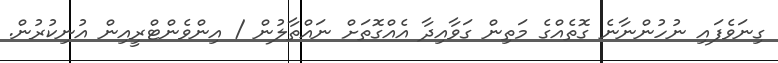
ގިނަވެފައި ނުހުންނާނެ ގޮތެއްގެ މަތިން ގަވާއިދާ އެއްގޮތަށް ނައްތާލުން / އިންވެންޓްރީއިން އުނިކުރުން.